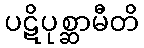
ပဋိပုစ္ဆာမီတိ